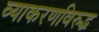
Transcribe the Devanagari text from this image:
व्याकरणविरुद्ध